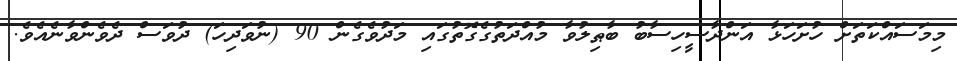
މިމަސައްކަތަށް ހުށަހަޅާ އަންދާސީހިސާބު ބާޠިލުވާ މުއްދަތުގެގޮތުގައި މަދުވެގެން 90 (ނުވަދިހަ) ދުވަސް ދެވެންވާނެއެވެ.